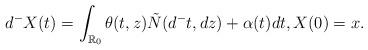
LaTeX: \begin{align*}d^-X(t) =\int_{\mathbb{R}_0}\theta(t, z) \tilde{N}(d^-t, dz) + \alpha(t)dt, X(0) = x.\end{align*}